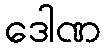
ဒေါဏ